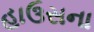
હાઉસના